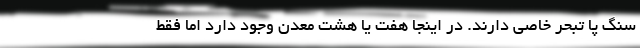
سنگ پا تبحر خاصی دارند. در اینجا هفت یا هشت معدن وجود دارد اما فقط